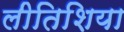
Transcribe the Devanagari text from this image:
लीतिशिया